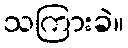
သကြားခဲ။